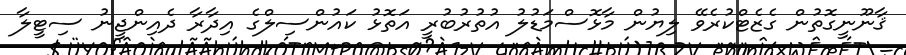
ޤާނޫނީގޮތުން ގެޒެޓްކުރެވޭ ލިޔުން މާޅޮސްމަޑުލު އުތުރުބުރީ އަތޮޅު ކައުންސިލްގެ އިދާރާ ދެއިންޖީނު ސިޓީލާ